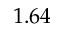
1 . 6 4